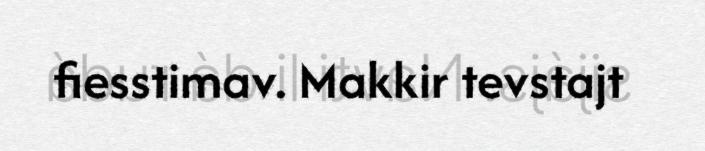
fiesstimav. Makkir tevstajt